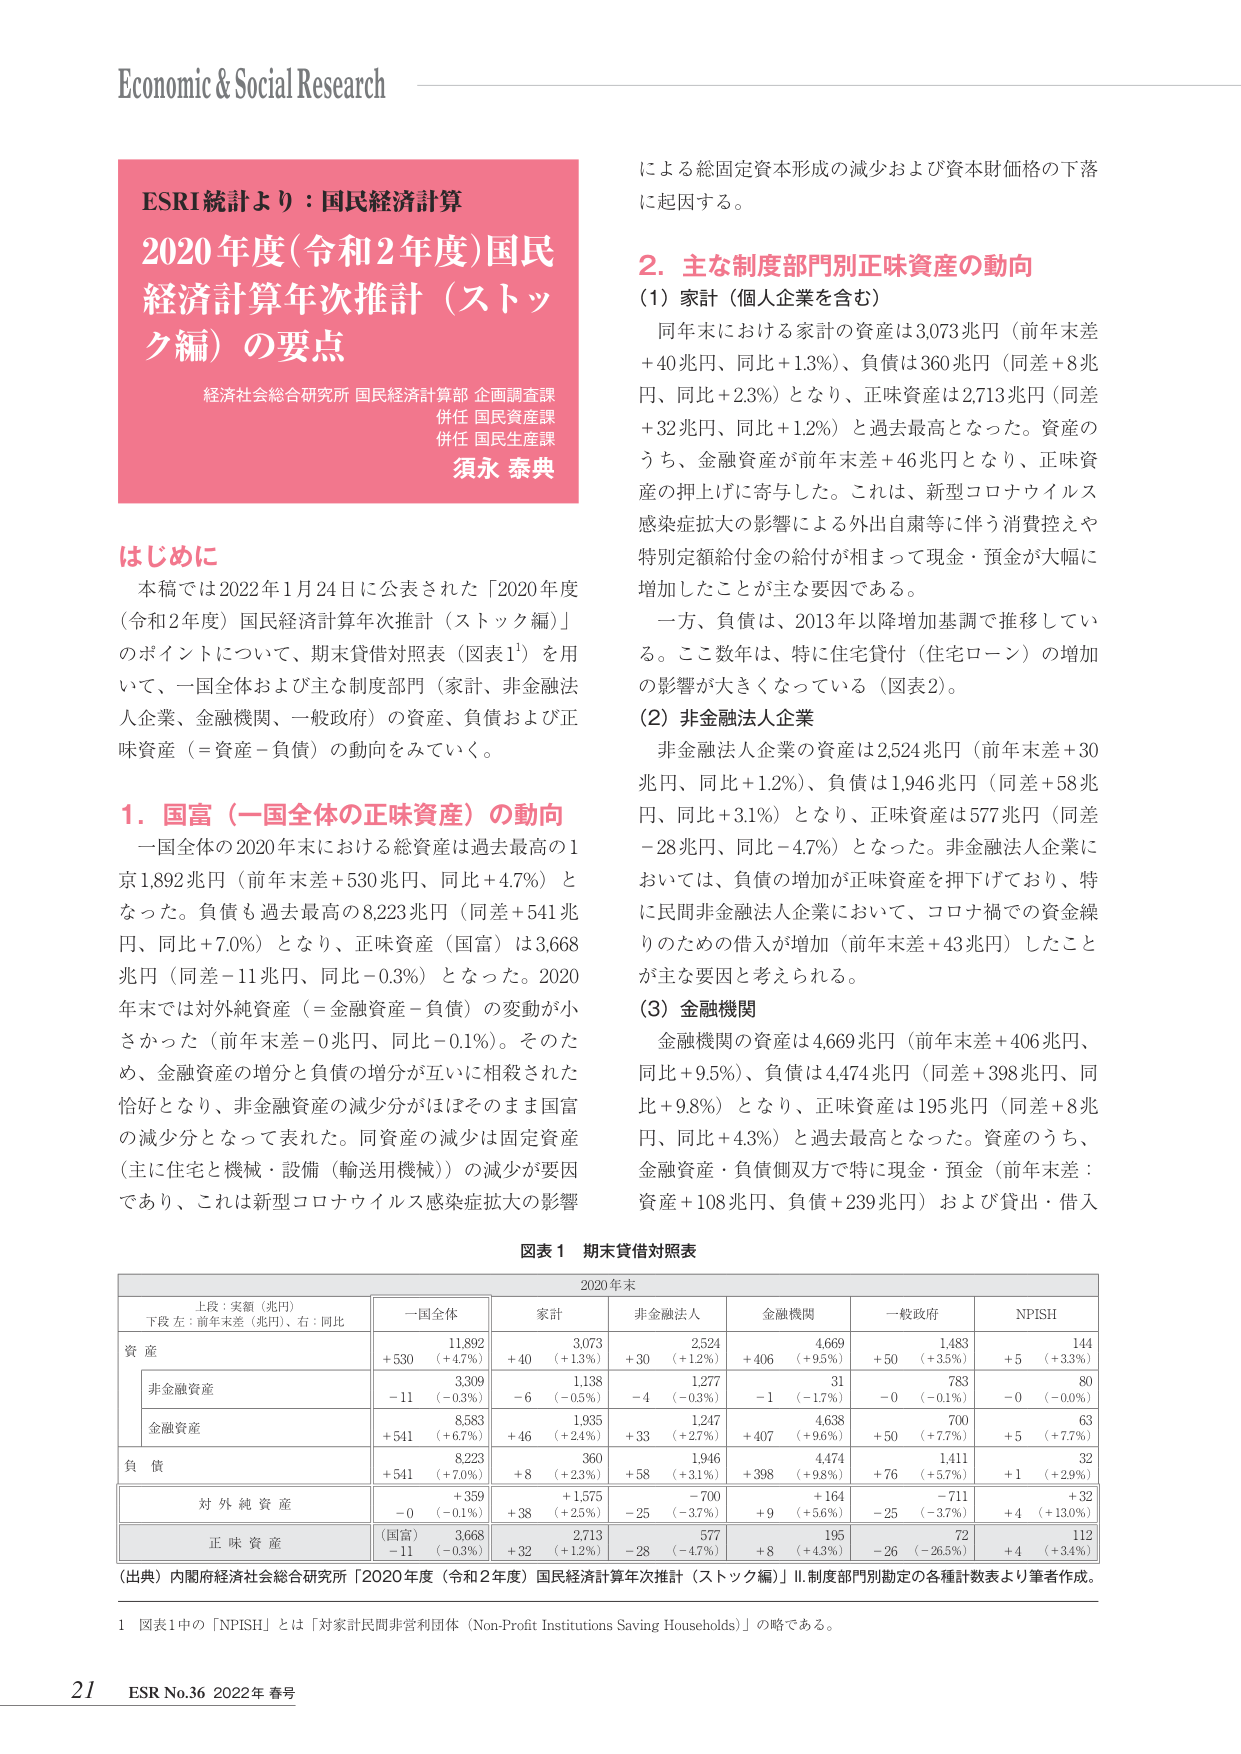
Economic & Social Research

ESRI統計より：国民経済計算
2020年度(令和2年度)国民
経済計算年次推計（ストック編）の要点
経済社会総合研究所 国民経済計算部 企画調査課
併任 国民資産課
併任 国民生産課
須永 泰典

はじめに
本稿では2022年1月24日に公表された「2020年度（令和2年度）国民経済計算年次推計（ストック編）」のポイントについて、期末貸借対照表（図表1）を用いて、一国全体および主な制度部門（家計、非金融法人企業、金融機関、一般政府）の資産、負債および正味資産（＝資産－負債）の動向をみていく。

1．国富（一国全体の正味資産）の動向
一国全体の2020年末における総資産は過去最高の1京1,892兆円（前年末差＋530兆円、同比＋4.7%）となった。負債も過去最高の8,223兆円（同差＋541兆円、同比＋7.0%）となり、正味資産（国富）は3,668兆円（同差－11兆円、同比－0.3%）となった。2020年末では対外純資産（＝金融資産－負債）の変動が小さかった（前年末差－0兆円、同比－0.1%）。そのため、金融資産の増分と負債の増分が互いに相殺された恰好となり、非金融資産の減少分がほぼそのまま国富の減少分となって表れた。同資産の減少は固定資産（主に住宅と機械・設備（輸送用機械））の減少が要因であり、これは新型コロナウイルス感染症拡大の影響

による総固定資本形成の減少および資本財価格の下落に起因する。

2．主な制度部門別正味資産の動向
（1）家計（個人企業を含む）
同年末における家計の資産は3,073兆円（前年末差＋40兆円、同比＋1.3%）、負債は360兆円（同差＋8兆円、同比＋2.3%）となり、正味資産は2,713兆円（同差＋32兆円、同比＋1.2%）と過去最高となった。資産のうち、金融資産が前年末差＋46兆円となり、正味資産の押上げに寄与した。これは、新型コロナウイルス感染症拡大の影響による外出自粛等に伴う消費控えや特別定額給付金の給付が相まって現金・預金が大幅に増加したことが主な要因である。
一方、負債は、2013年以降増加基調で推移している。ここ数年は、特に住宅貸付（住宅ローン）の増加の影響が大きくなっている（図表2）。

（2）非金融法人企業
非金融法人企業の資産は2,524兆円（前年末差＋30兆円、同比＋1.2%）、負債は1,946兆円（同差＋58兆円、同比＋3.1%）となり、正味資産は577兆円（同差－28兆円、同比－4.7%）となった。非金融法人企業においては、負債の増加が正味資産を押下げており、特に民間非金融法人企業において、コロナ禍での資金繰りのための借入が増加（前年末差＋43兆円）したことが主な要因と考えられる。

（3）金融機関
金融機関の資産は4,669兆円（前年末差＋406兆円、同比＋9.5%）、負債は4,474兆円（同差＋398兆円、同比＋9.8%）となり、正味資産は195兆円（同差＋8兆円、同比＋4.3%）と過去最高となった。資産のうち、金融資産・負債側双方で特に現金・預金（前年末差：資産＋108兆円、負債＋239兆円）および貸出・借入

図表1 期末貸借対照表
2020年末
上段：実額（兆円）
下段 左：前年末差（兆円）、右：同比
一国全体 家計 非金融法人 金融機関 一般政府 NPISH
資 産 11,892 3,073 2,524 4,669 1,483 144
＋530 （＋4.7%） ＋40 （＋1.3%） ＋30 （＋1.2%） ＋406 （＋9.5%） ＋50 （＋3.5%） ＋5 （＋3.3%）
非金融資産 3,309 1,138 1,277 31 783 80
－11 （－0.3%） －6 （－0.5%） －4 （－0.3%） －1 （－1.7%） －0 （－0.1%） －0 （－0.0%）
金融資産 8,583 1,935 1,247 4,638 700 63
＋541 （＋6.7%） ＋46 （＋2.4%） ＋33 （＋2.7%） ＋407 （＋9.6%） ＋50 （＋7.7%） ＋5 （＋7.7%）
負 債 8,223 360 1,946 4,474 1,411 32
＋541 （＋7.0%） ＋8 （＋2.3%） ＋58 （＋3.1%） ＋398 （＋9.8%） ＋76 （＋5.7%） ＋1 （＋2.9%）
対 外 純 資 産 ＋359 ＋1,575 －700 ＋164 －711 ＋32
－0 （－0.1%） ＋38 （＋2.5%） －25 （－3.7%） ＋9 （＋5.6%） －25 （－3.7%） ＋4 （＋13.0%）
正 味 資 産 3,668 2,713 577 195 72 112
（国富） －11 （－0.3%） ＋32 （＋1.2%） －28 （－4.7%） ＋8 （＋4.3%） －26 （－26.5%） ＋4 （＋3.4%）
（出典）内閣府経済社会総合研究所「2020年度（令和2年度）国民経済計算年次推計（ストック編）」Ⅱ.制度部門別勘定の各種計数表より筆者作成。

1 図表1中の「NPISH」とは「対象計民間非営利団体（Non-Profit Institutions Saving Households）」の略である。

21 ESR No.36 2022年 春号